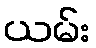
ယမ်း